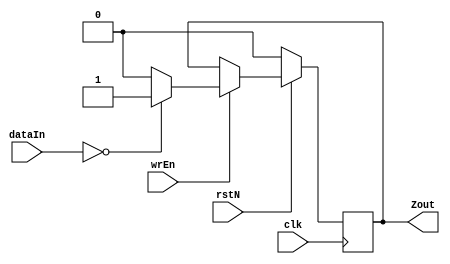
module zReg 
#(parameter WIDTH = 12)
(
    input [WIDTH-1:0]dataIn,
    input clk,rstN,wrEn,
    output Zout
);

reg value;

always @(posedge clk) begin
    if (~rstN)
        value <= 1'b0;
    else if (wrEn)
        if (dataIn == 1'b0)
            value <= 1'b1;
        else
            value <= 1'b0;
end

assign  Zout = value;

endmodule